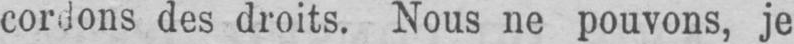
cordons des droits. Nous ne pouvons, je